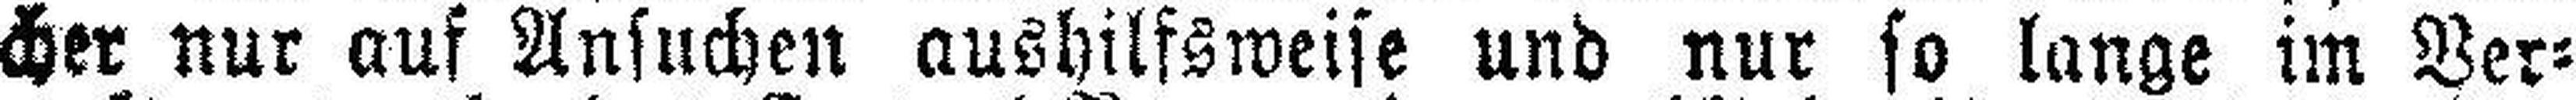
cher nur auf Ansuchen aushilfsweise und nur so lange im Ver¬